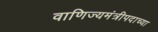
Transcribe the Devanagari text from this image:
वाणिज्यमंत्रीपदाच्या